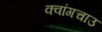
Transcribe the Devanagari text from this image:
क्वांगचाउ